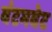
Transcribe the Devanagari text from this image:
बंटमवेट